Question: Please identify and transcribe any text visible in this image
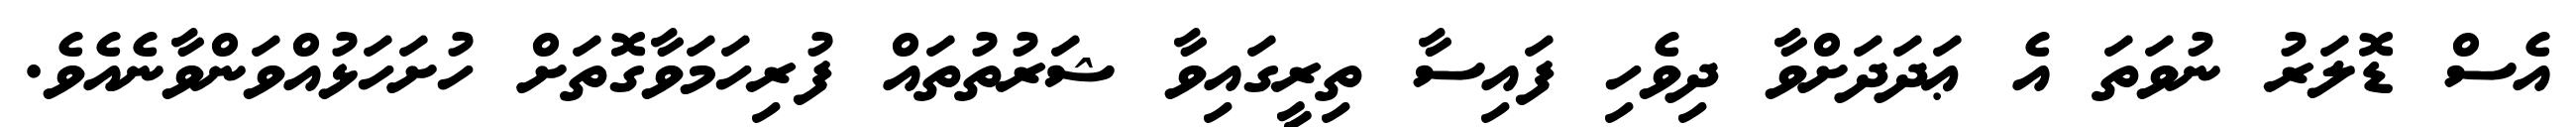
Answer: އެސް ޑޮލަރު ނުވަތަ އެ ޢަދަދަށްވާ ދިވެހި ފައިސާ ތިރީގައިވާ ޝަރުތުތައް ފުރިހަމަވާގޮތަށް ހުށަހަޅުއްވަންވާނެއެވެ.